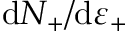
\mathrm { { d } } N _ { + } / \mathrm { { d } } \varepsilon _ { + }